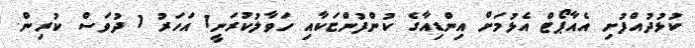
ކުޅުދުއްފުށި އެއާޕޯޓް އެޅުމަށް އިންޑިއާގެ ކުންފުންޏަކާއި ހަވާލުކުރަނީ1 އަހަރު 1 ދުވަސް ކުރިން.